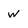
Character: W